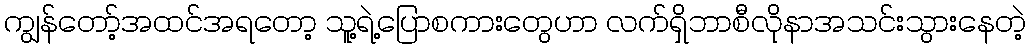
ကျွန်တော့်အထင်အရတော့ သူ့ရဲ့ပြောစကားတွေဟာ လက်ရှိဘာစီလိုနာအသင်းသွားနေတဲ့